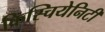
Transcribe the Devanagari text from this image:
क्रिस्चियेनिटी